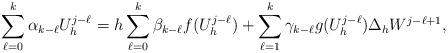
LaTeX: \begin{align*} \sum_{\ell=0}^{k} \alpha_{k-\ell} U_h^{j-\ell} &= h \sum_{\ell=0}^k \beta_{k-\ell} f(U_h^{j-\ell}) + \sum_{\ell=1}^k\gamma_{k-\ell} g( U_h^{j-\ell} ) \Delta_h W^{j-\ell+1}, \end{align*}